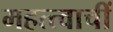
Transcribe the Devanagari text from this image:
महत्त्वाचीं